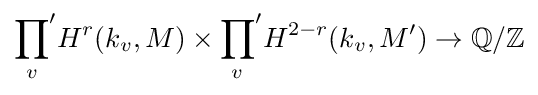
{\prod _{v}}'H^{r}(k_{v},M)\times {\prod _{v}}'H^{2-r}(k_{v},M')\rightarrow \mathbb {Q} /\mathbb {Z}